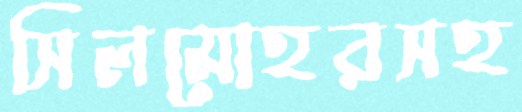
সিলমোহরসহ